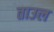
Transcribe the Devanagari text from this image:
ताउल